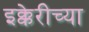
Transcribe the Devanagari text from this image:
इक्केरीच्या